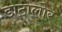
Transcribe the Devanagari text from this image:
डाटालोर